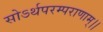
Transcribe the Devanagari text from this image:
सोऽर्थपरम्पराणाम्।।